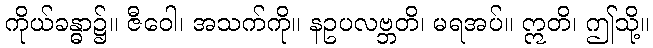
ကိုယ်ခန္ဓာ၌။ ဇီဝေါ၊ အသက်ကို။ နဥပလဗ္ဘတိ၊ မရအပ်။ ဣတိ၊ ဤသို့။